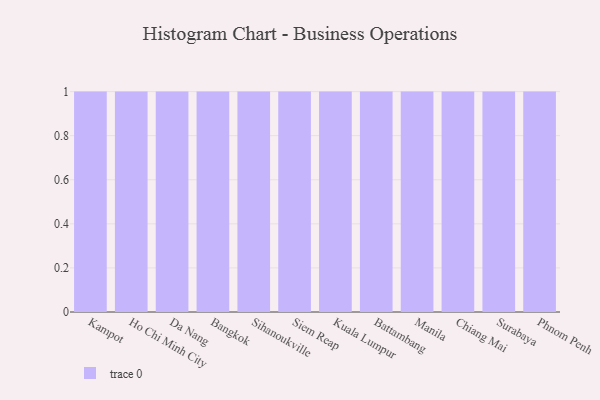
{"axis": {"x": "City", "y": "Revenue (USD Million)"}, "legend": [""], "data": [{"x": "Kampot", "y": 53, "type": ""}, {"x": "Ho Chi Minh City", "y": 42, "type": ""}, {"x": "Da Nang", "y": 61, "type": ""}, {"x": "Bangkok", "y": 29, "type": ""}, {"x": "Sihanoukville", "y": 98, "type": ""}, {"x": "Siem Reap", "y": 56, "type": ""}, {"x": "Kuala Lumpur", "y": 64, "type": ""}, {"x": "Battambang", "y": 97, "type": ""}, {"x": "Manila", "y": 45, "type": ""}, {"x": "Chiang Mai", "y": 88, "type": ""}, {"x": "Surabaya", "y": 66, "type": ""}, {"x": "Phnom Penh", "y": 59, "type": ""}]}